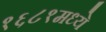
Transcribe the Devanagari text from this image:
१६८१मध्ये